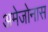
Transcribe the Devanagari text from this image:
अमेजोनास